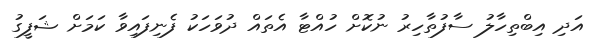
އަދި އިބްތިހާލު ސާފުތާހިރު ނުކޮށް ހުއްޓާ އެތައް ދުވަހަކު ފެނިފައިވާ ކަމަށް ޝަފީގު